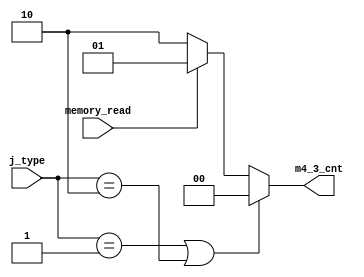
module WBCnt(j_type, memory_read, m4_3_cnt);

    parameter JAL = 2'b01;
    parameter JAL_R = 2'b10;
    parameter BRANCH = 2'b11;
    
    input [1:0] j_type;
    input memory_read;
    output [1:0] m4_3_cnt;
    assign m4_3_cnt = j_type == JAL | j_type == JAL_R ? 2'b00 :
                      memory_read == 1'b1 ? 2'b01 :
                      2'b10;

endmodule